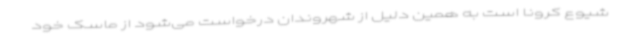
شیوع کرونا است به همین دلیل از شهروندان درخواست می‌شود از ماسک خود